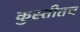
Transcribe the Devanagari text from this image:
कुस्तीतच